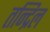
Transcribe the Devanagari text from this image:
तन्द्रिल